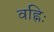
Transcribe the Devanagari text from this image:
वह्निः